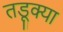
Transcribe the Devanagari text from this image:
तडूक्या